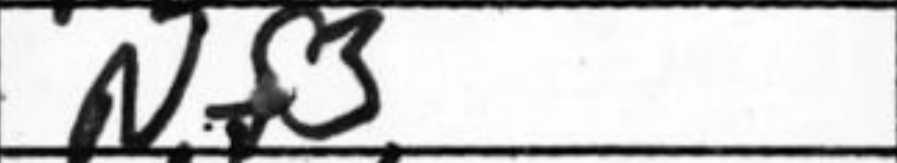
Transcription: Nf3